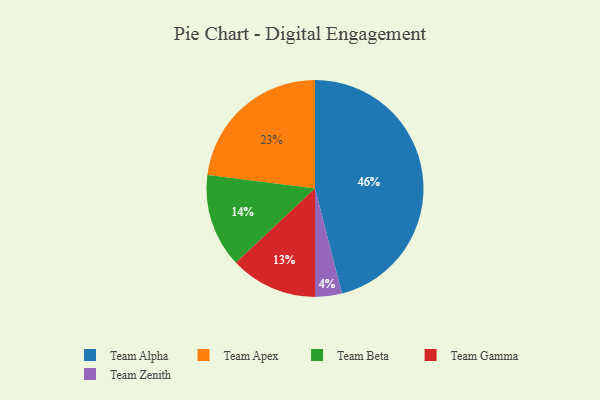
{"axis": {"x": "Category", "y": "Percentage"}, "legend": ["Team Alpha", "Team Apex", "Team Beta", "Team Gamma", "Team Zenith"], "data": [{"x": "Team Zenith", "y": 4, "type": "Team Zenith"}, {"x": "Team Beta", "y": 14, "type": "Team Beta"}, {"x": "Team Alpha", "y": 46, "type": "Team Alpha"}, {"x": "Team Gamma", "y": 13, "type": "Team Gamma"}, {"x": "Team Apex", "y": 23, "type": "Team Apex"}]}